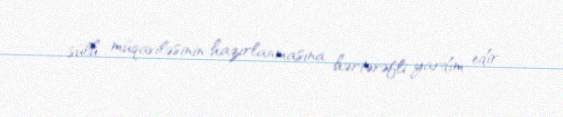
sülh müqaviləsinin hazırlanmasına hərtərəfli yardım edir.